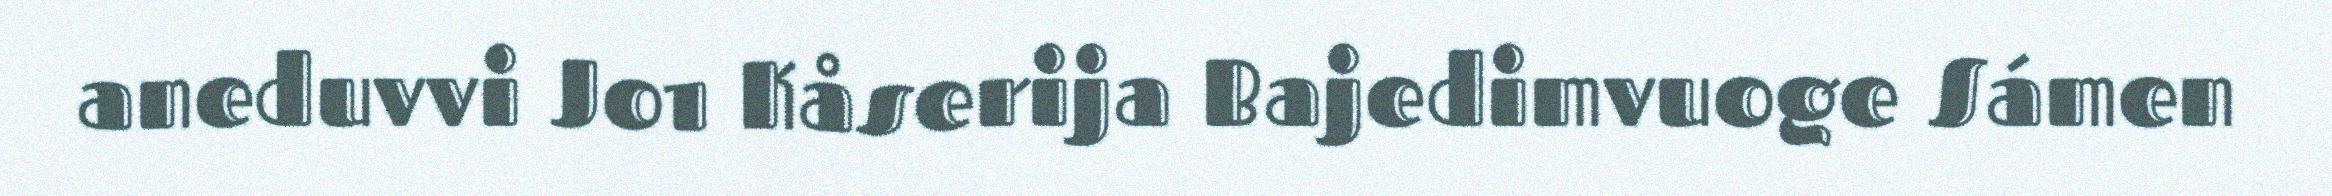
aneduvvi Jo1 Kåserija Bajedimvuoge Sámen